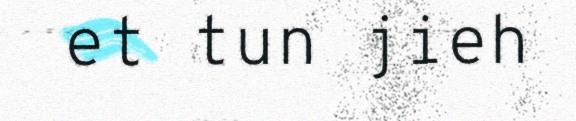
et tun jieh